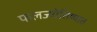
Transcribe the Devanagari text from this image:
फलज्योतिष्यात